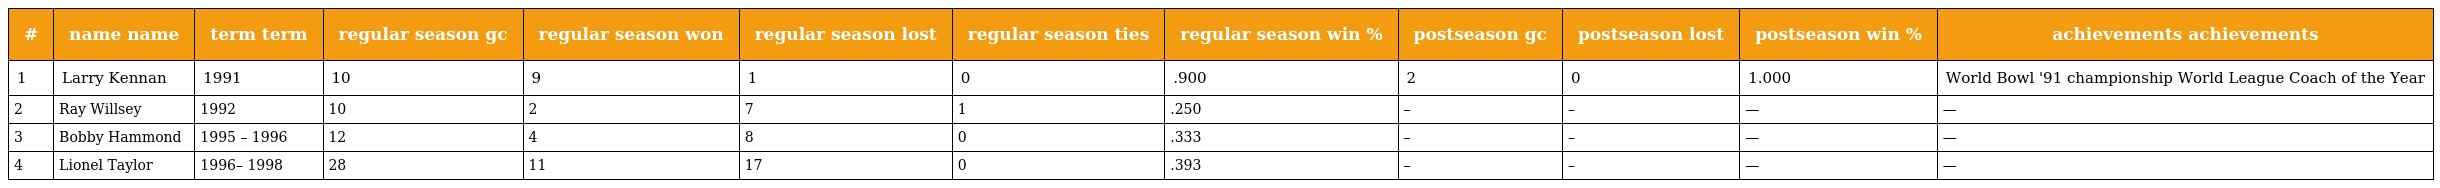
| # | name name | term term | regular season gc | regular season won | regular season lost | regular season ties | regular season win % | postseason gc | postseason lost | postseason win % | achievements achievements |
 | --- | --- | --- | --- | --- | --- | --- | --- | --- | --- | --- | --- |
 | 1 | Larry Kennan | 1991 | 10 | 9 | 1 | 0 | .900 | 2 | 0 | 1.000 | World Bowl '91 championship World League Coach of the Year |
 | 2 | Ray Willsey | 1992 | 10 | 2 | 7 | 1 | .250 | – | – | — | — |
 | 3 | Bobby Hammond | 1995 – 1996 | 12 | 4 | 8 | 0 | .333 | – | – | — | — |
 | 4 | Lionel Taylor | 1996– 1998 | 28 | 11 | 17 | 0 | .393 | – | – | — | — |